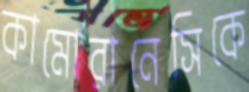
কামোরানেসিকে